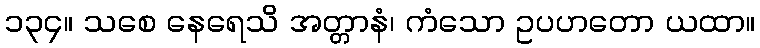
၁၃၄။ သစေ နေရေသိ အတ္တာနံ၊ ကံသော ဥပဟတော ယထာ။